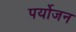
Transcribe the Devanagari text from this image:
पर्योजन